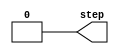
//Verilog HDL for "CppSimModules", "step_in_bool" "verilog"


module step_in_bool ( step );

  output step;
parameter tstep = 0.0 ;
parameter vstart = 0 ;
parameter vend = 0 ;

reg step;


initial begin
   step = (vstart == 0) ? 0 : 1;
   #(tstep/100e-12) 
   step = (vend == 0) ? 0 : 1;
end
endmodule